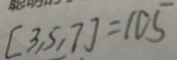
[ 3 , 5 , 7 ] = 1 0 5